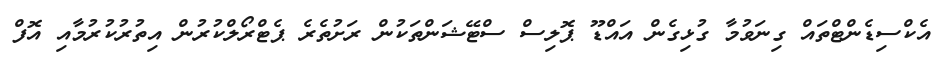
އެކްސިޑެންޓްތައް ގިނަވުމާ ގުޅިގެން އައްޑޫ ޕޮލިސް ސްޓޭޝަންތަކުން ރަށުތެރެ ޕެޓްރޯލްކުރުން އިތުރުކުރުމާއި އޮފް